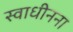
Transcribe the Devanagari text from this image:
स्वाधीनना